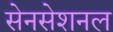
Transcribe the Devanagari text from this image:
सेनसेशनल